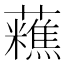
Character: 𧄝